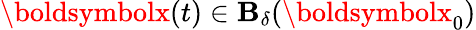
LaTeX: {\boldsymbolx}(t)\in\mathbf{B}_{\delta}({\boldsymbolx}_{0})